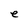
Character: e